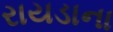
રાયડાના